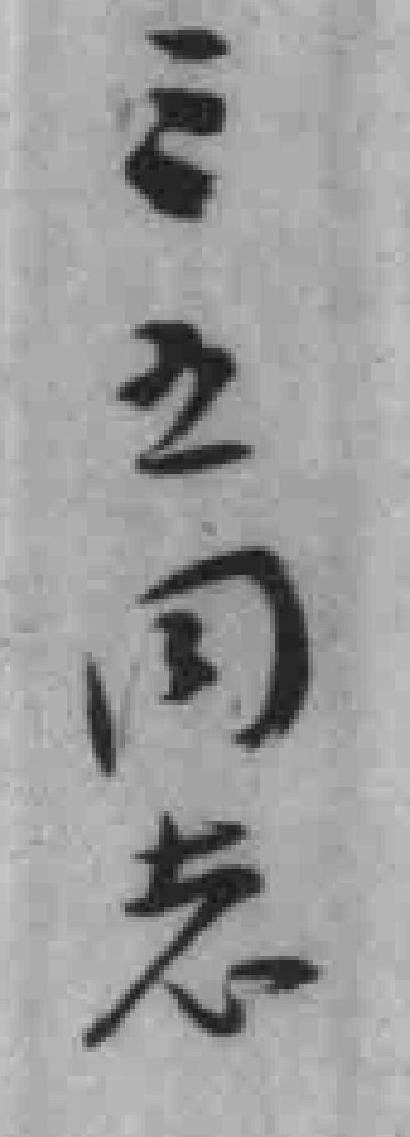
*之同志